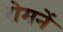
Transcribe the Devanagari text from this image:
रोमनें